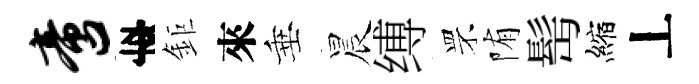
啻李鉅來垂晨缚罘陏髩縮丄